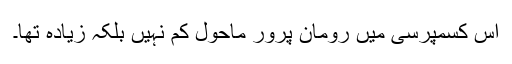
اس کسمپرسی میں رومان پرور ماحول کم نہیں بلکہ زیادہ تھا۔